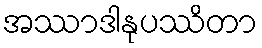
အဿာဒါနုပဿိတာ